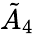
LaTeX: {\tilde{A}}_{4}